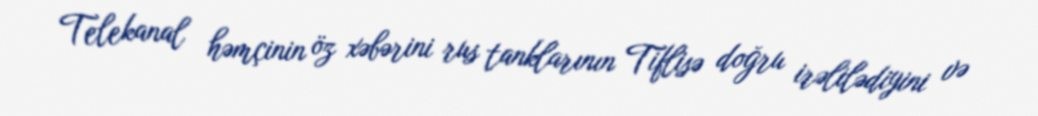
Telekanal həmçinin öz xəbərini rus tanklarının Tiflisə doğru irəlilədiyini və